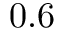
0 . 6